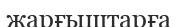
жарғыштарға